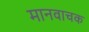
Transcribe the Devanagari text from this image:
मानवाचक